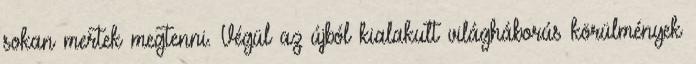
sokan mertek megtenni. Végül az újból kialakult világháborús körülmények